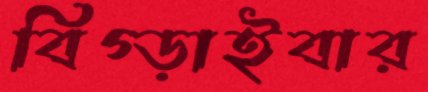
বিগ্‌ড়াইবার